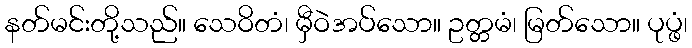
နတ်မင်းတို့သည်။ သေဝိတံ၊ မှီဝဲအပ်သော။ ဥတ္တမံ၊ မြတ်သော။ ပုပ္ဖံ၊